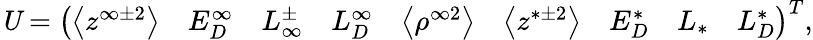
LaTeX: \textbf{\emph{U}}=\left(\begin{array}{ccccccccc}{\big<z^{\infty\pm 2}\big>}&{E_{D}^{\infty}}&{L_{\infty}^{\pm}}&{L_{D}^{\infty}}&{\big<\rho^{\infty 2}\big>}&{\big<z^{*\pm 2}\big>}&{E_{D}^{*}}&{L_{*}}&{L_{D}^{*}}\end{array}\right)^{T},